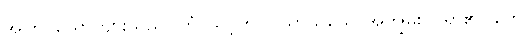
အကြင်ယောကျ်ားသည်။ တံ၊ သင့်ကို။ ဝိသာသယေ၊ အကျွမ်းဝင်ရာ၏။ တေ၊